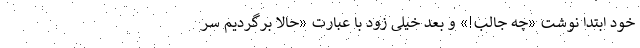
خود ابتدا نوشت «چه جالب!» و بعد خیلی زود با عبارت «حالا برگردیم سر